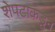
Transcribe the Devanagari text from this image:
शेपटाकडून